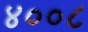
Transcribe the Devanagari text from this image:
४००८